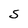
Character: S